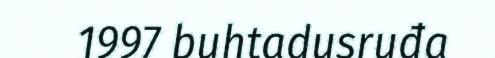
1997 buhtadusruđa